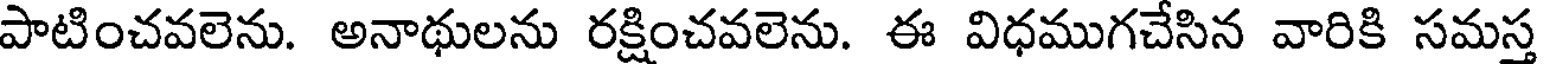
పాటించవలెను. అనాథులను రక్షించవలెను. ఈ విధముగచేసిన వారికి సమస్త